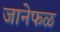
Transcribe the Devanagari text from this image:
जानेफळ